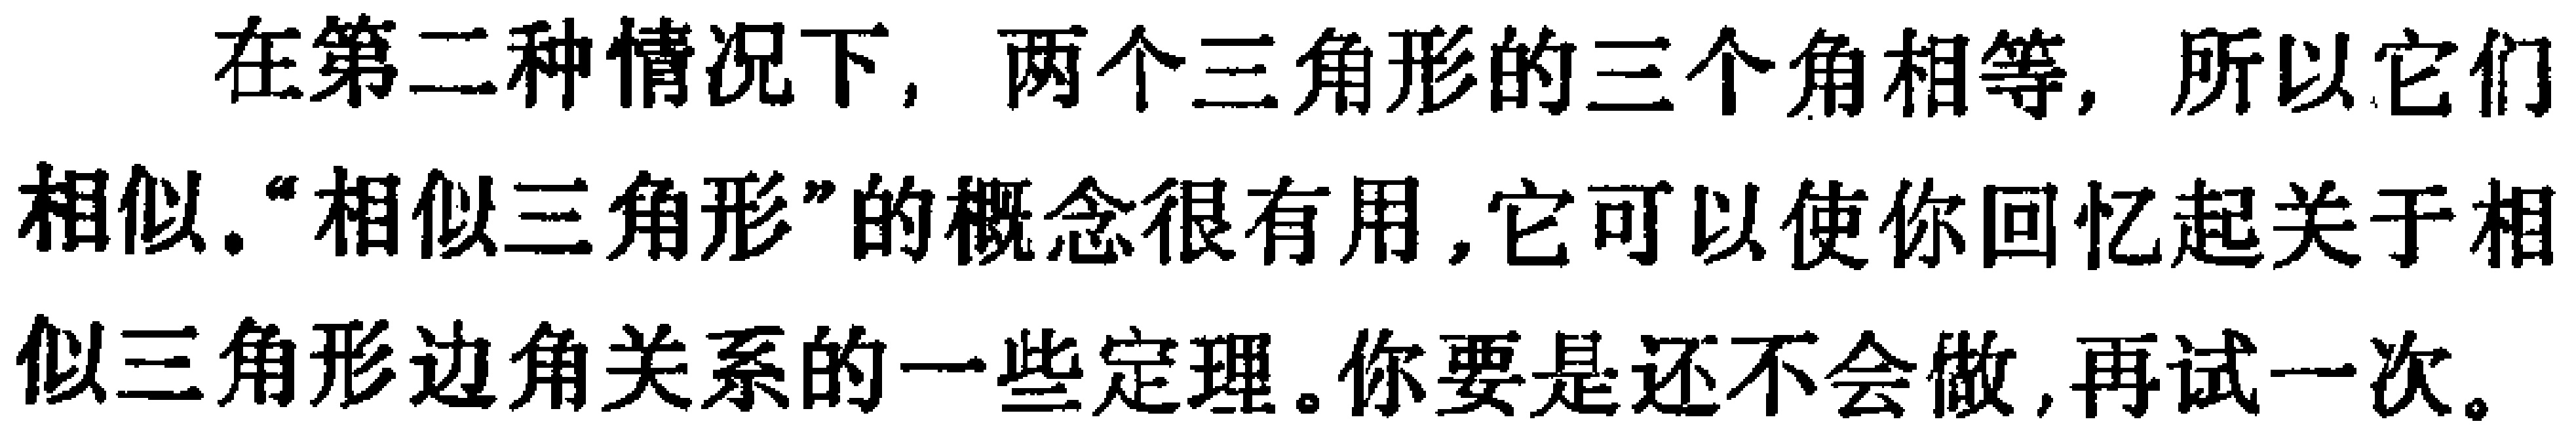
在第二种情况下, 两个三角形的三个角相等, 所以它们相似.“相似三角形”的概念很有用,它可以使你回忆起关于相似三角形边角关系的一些定理.你要是还不会做,再试一次.